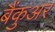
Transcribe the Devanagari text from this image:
बैंकुअर